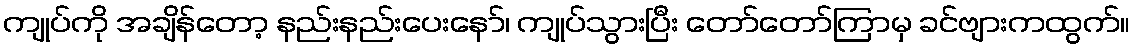
ကျုပ်ကို အချိန်တော့ နည်းနည်းပေးနော်၊ ကျုပ်သွားပြီး တော်တော်ကြာမှ ခင်ဗျားကထွက်။